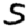
Digit: 5